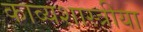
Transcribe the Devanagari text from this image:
काव्यशास्त्रीया